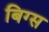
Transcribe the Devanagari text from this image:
बिग्स